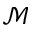
\mathcal { M }